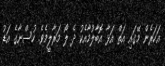
އަހަރެން މޭގައި އަތް އަޅާ އޮބާލުމާއެކު ދެ ލޯ މަރާލީމެވެ. ހުސްނާގެ އަޑު